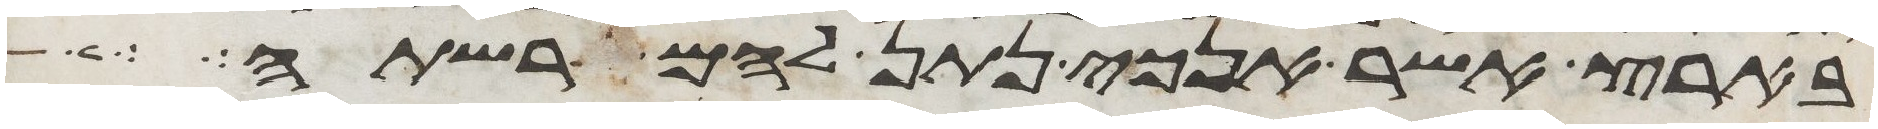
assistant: בארץ אשר אנכי נתן להם לרשתה